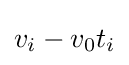
v_{i}-v_{0}t_{i}